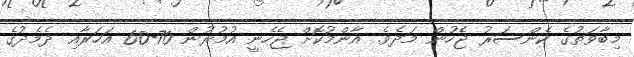
މިބާވަތުގެ ކެންސަރު ޖެހުން މަދެވެ. އާންމުކޮށް ޖެހެނީ އުމުރުން 70-60 އަހަރާއި ދެމެދުގެ